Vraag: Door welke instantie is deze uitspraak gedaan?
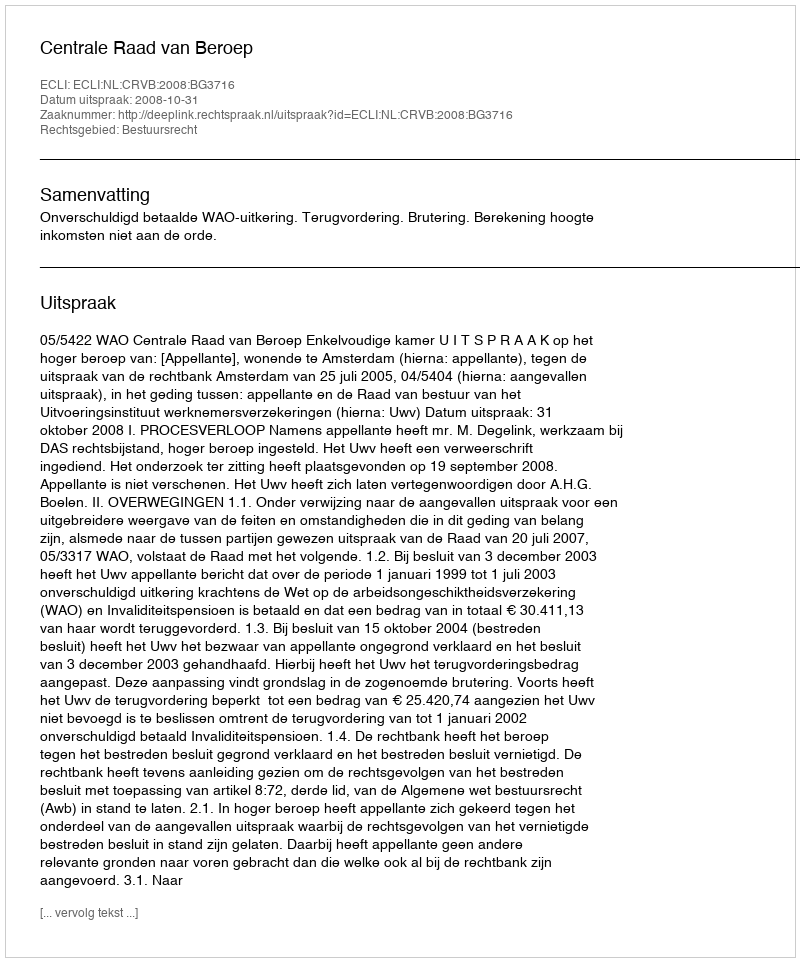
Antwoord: Centrale Raad van Beroep